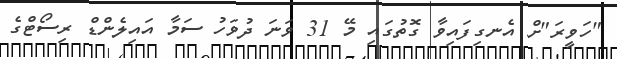
"ހަވީރަ"ށް އެނގިފައިވާ ގޮތުގައި މޭ 31 ވަނަ ދުވަހު ސަމާ އައިލެންޑް ރިސޯޓްގެ